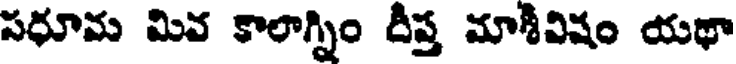
సధూమ మివ కాలాగ్నిం దీప్త మాశీవిషం యథా